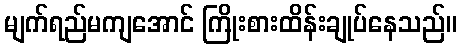
မျက်ရည်မကျအောင် ကြိုးစားထိန်းချုပ်နေသည်။